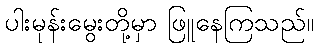
ပါးမုန်းမွေးတို့မှာ ဖြူနေကြသည်။